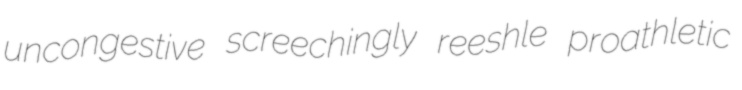
uncongestive screechingly reeshle proathletic